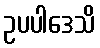
ဥပပါဒေသိ